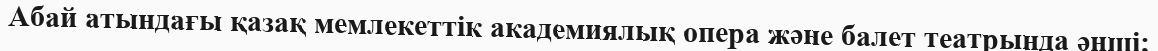
Абай атындағы қазақ мемлекеттік академиялық опера және балет театрында әнші;